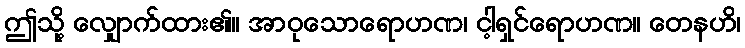
ဤသို့ လျှောက်ထား၏။ အာဝုသောရောဟဏ၊ ငါ့ရှင်ရောဟဏ။ တေနဟိ၊